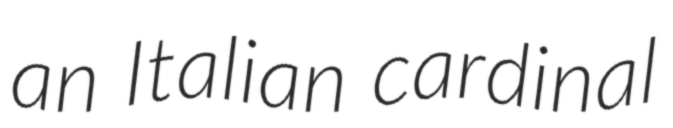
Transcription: an Italian cardinal